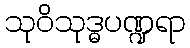
သုဝိသုဒ္ဓပဏ္ဍရာ